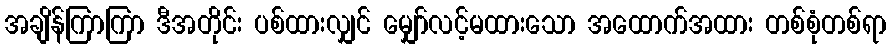
အချိန်ကြာကြာ ဒီအတိုင်း ပစ်ထားလျှင် မျှော်လင့်မထားသော အထောက်အထား တစ်စုံတစ်ရာ